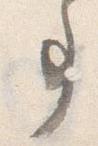
事